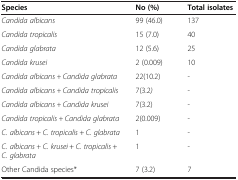
| Species | No (%) | Total isolates |
 | --- | --- | --- |
 | Candida albicans | 99 (46.0) | 137 |
 | Candida tropicalis | 15 (7.0) | 40 |
 | Candida glabrata | 12 (5.6) | 25 |
 | Candida krusei | 2 (0.009) | 10 |
 | Candida albicans + Candida glabrata | 22(10.2) | - |
 | Candida albicans + Candida tropicalis | 7(3.2) | - |
 | Candida albicans + Candida krusei | 7(3.2) | - |
 | Candida tropicalis + Candida glabrata | 2(0.009) | - |
 | C. albicans + C. tropicalis + C. glabrata | 1 | - |
 | C. albicans + C. krusei + C. tropicalis + C. glabrata | 1 | - |
 | Other Candida species* | 7 (3.2) | 7 |